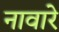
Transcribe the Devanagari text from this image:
नावारे